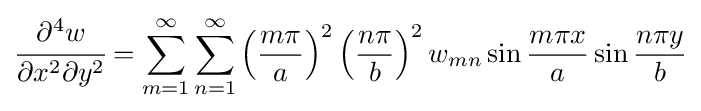
{\cfrac {\partial ^{4}w}{\partial x^{2}\partial y^{2}}}=\sum _{m=1}^{\infty }\sum _{n=1}^{\infty }\left({\frac {m\pi }{a}}\right)^{2}\left({\frac {n\pi }{b}}\right)^{2}w_{mn}\sin {\frac {m\pi x}{a}}\sin {\frac {n\pi y}{b}}